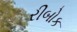
રીબોક